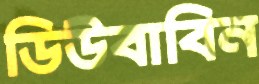
ডিউবাবিন